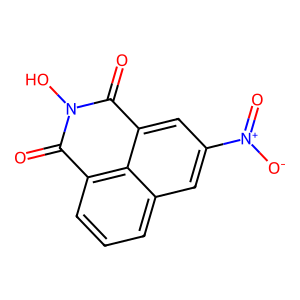
SMILES: O=C1c2cccc3cc([N+](=O)[O-])cc(c23)C(=O)N1O
Inhibits HIV replication: No